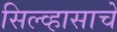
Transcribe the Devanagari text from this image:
सिल्व्हासाचे